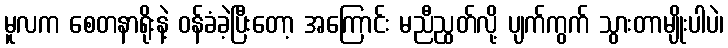
မူလက စေတနာရိုးနဲ့ ဝန်ခံခဲ့ပြီးတော့ အကြောင်း မညီညွတ်လို့ ပျက်ကွက် သွားတာမျိုးပါပဲ၊